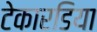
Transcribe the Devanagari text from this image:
टेकारडिया